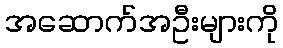
အဆောက်အဦးများကို